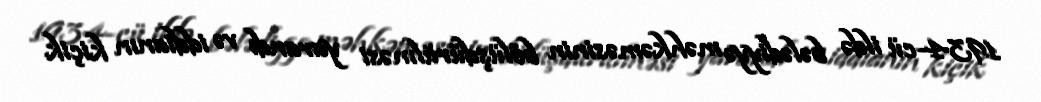
1934-cü ildə bələdiyyə məhkəməsinin bölüşdürülməsi yarandı və iddianın kiçik